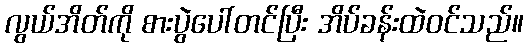
လွယ်အိတ်ကို စားပွဲပေါ်တင်ပြီး အိပ်ခန်းထဲဝင်သည်။